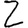
Digit: 2